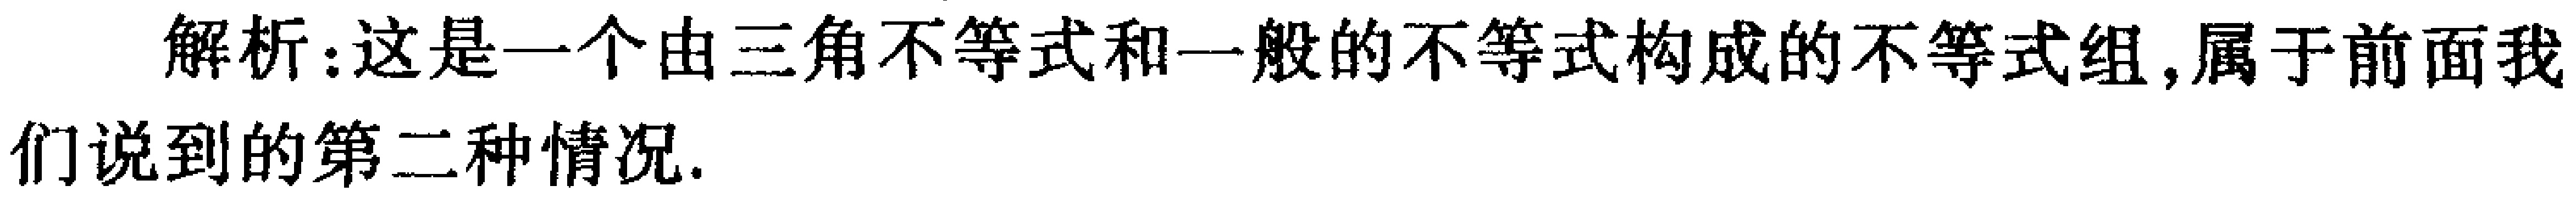
解析：这是一个由三角不等式和一般的不等式构成的不等式组,属于前面我们说到的第二种情况.